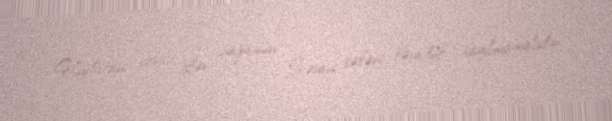
Hindistan xarici işlər nazirinin İrəvan səfəri təsadüf sayılmamalıdır.